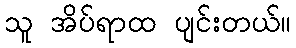
သူ အိပ်ရာထ ပျင်းတယ်။